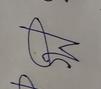
Signature authenticity: forged